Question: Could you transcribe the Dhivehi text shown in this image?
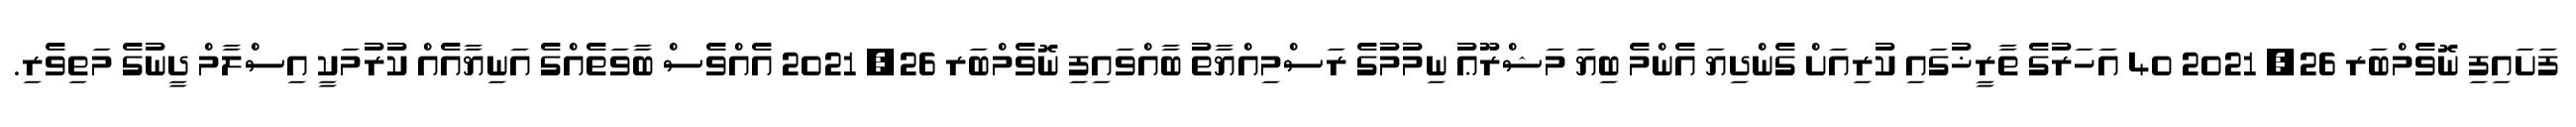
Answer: ފަށައިފި ނޮވެމްބަރ 26, 2021 40 އަހަރުގެ ތާރީޚުގައި ކުރިއަށް ގެންދިޔަ އެންމެ ބިޔަ މަޝްރޫޢު ނިމުމުގެ ރަސްމިއްޔާތު ބާއްވައިފި ނޮވެމްބަރ 26, 2021 އެއްވެސް ބާވަތެއްގެ އަނިޔާއެއް ކުރުމަކީ އިސްލާމް ދީނުގެ މަތިވެރި.